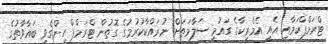
ޓްރަމްޕްކަމާއި އެއީ އެމެރިކާގެ ގައުމީ ސަލާމަތަށް ނުރައްކާކުރުމުގެ ގޮތުން ޓްރަމްޕް ހިންގެވި ބަޣާވާތުގެ